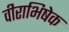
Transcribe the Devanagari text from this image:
वीराभिषेक